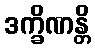
ဒက္ခိဏန္တိ